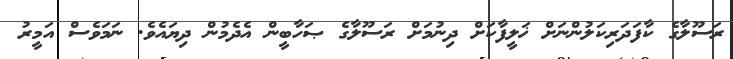
ރަސޫލާގެ ކާފަދަރިކަލުންނަށް ޚަލީފާކަށް ދިނުމަށް ރަސޫލާގެ ޞަހާބީން އެދެމުން ދިޔައެވެ. ނަމަވެސް އަމީރު